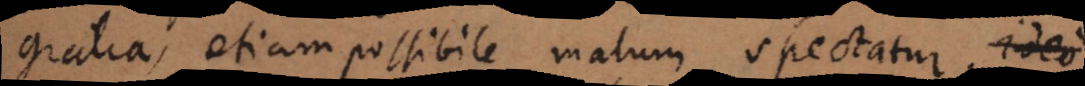
gratia, etiam possibile malum spectatur. Ideo